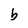
Character: b